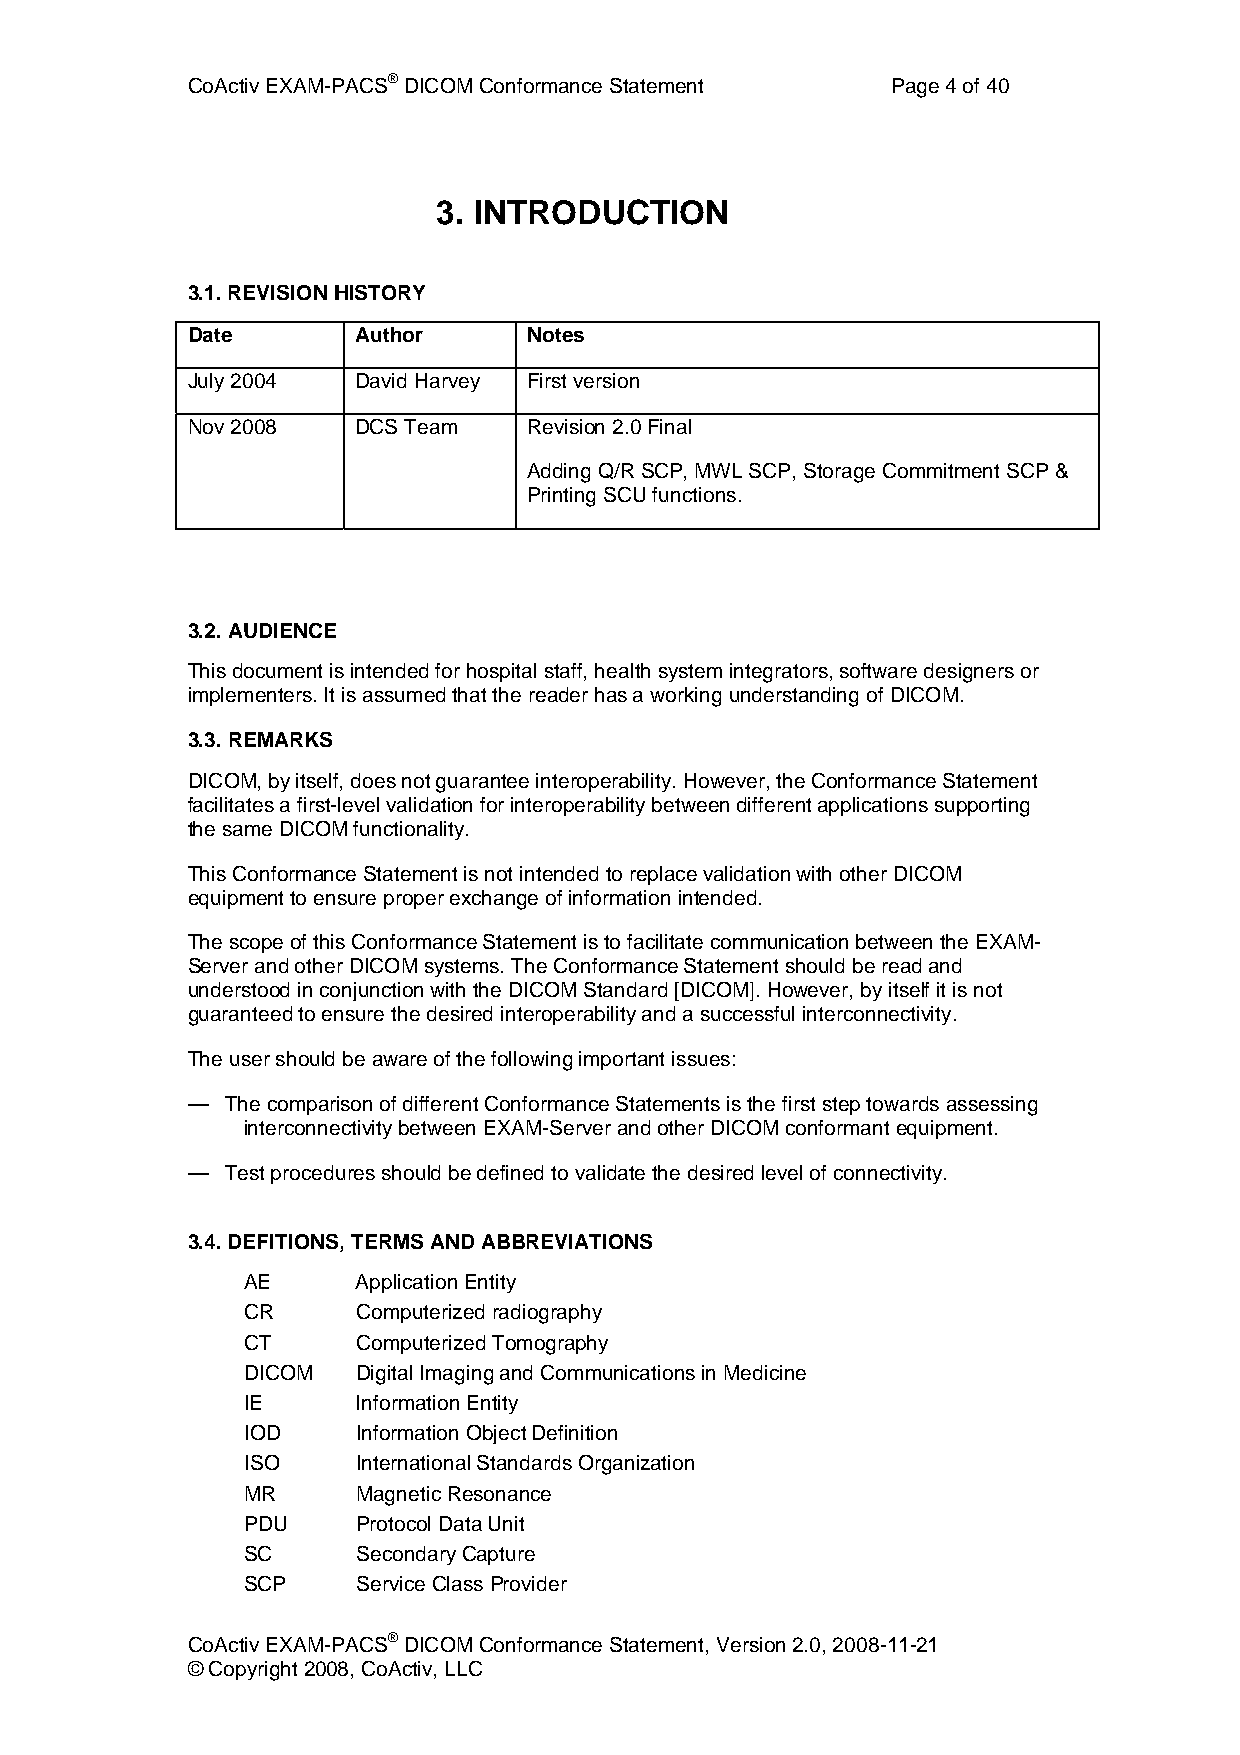
CoActiv EXAM-PACS® DICOM Conformance Statement Page 4 of 40
 3. INTRODUCTION
 3.1. REVISION HISTORY
 Date       Author      Notes
 July 2004  David Harvey First version
 Nov 2008   DCS Team    Revision 2.0 Final
 Adding Q/R SCP, MWL SCP, Storage Commitment SCP &
 Printing SCU functions.
 3.2. AUDIENCE
 This document is intended for hospital staff, health system integrators, software designers or
 implementers. It is assumed that the reader has a working understanding of DICOM.
 3.3. REMARKS
 DICOM, by itself, does not guarantee interoperability. However, the Conformance Statement
 facilitates a first-level validation for interoperability between different applications supporting
 the same DICOM functionality.
 This Conformance Statement is not intended to replace validation with other DICOM
 equipment to ensure proper exchange of information intended.
 The scope of this Conformance Statement is to facilitate communication between the EXAM-
 Server and other DICOM systems. The Conformance Statement should be read and
 understood in conjunction with the DICOM Standard [DICOM]. However, by itself it is not
 guaranteed to ensure the desired interoperability and a successful interconnectivity.
 The user should be aware of the following important issues:
 —  The comparison of different Conformance Statements is the first step towards assessing
 interconnectivity between EXAM-Server and other DICOM conformant equipment.
 —  Test procedures should be defined to validate the desired level of connectivity.
 3.4. DEFITIONS, TERMS AND ABBREVIATIONS
 AE      Application Entity
 CR      Computerized radiography
 CT      Computerized Tomography
 DICOM   Digital Imaging and Communications in Medicine
 IE      Information Entity
 IOD     Information Object Definition
 ISO     International Standards Organization
 MR      Magnetic Resonance
 PDU     Protocol Data Unit
 SC      Secondary Capture
 SCP     Service Class Provider
 CoActiv EXAM-PACS® DICOM Conformance Statement, Version 2.0, 2008-11-21
 © Copyright 2008, CoActiv, LLC